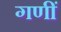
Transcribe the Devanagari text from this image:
गणीं